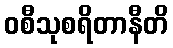
ဝစီသုစရိတာနီတိ